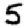
Digit: 5